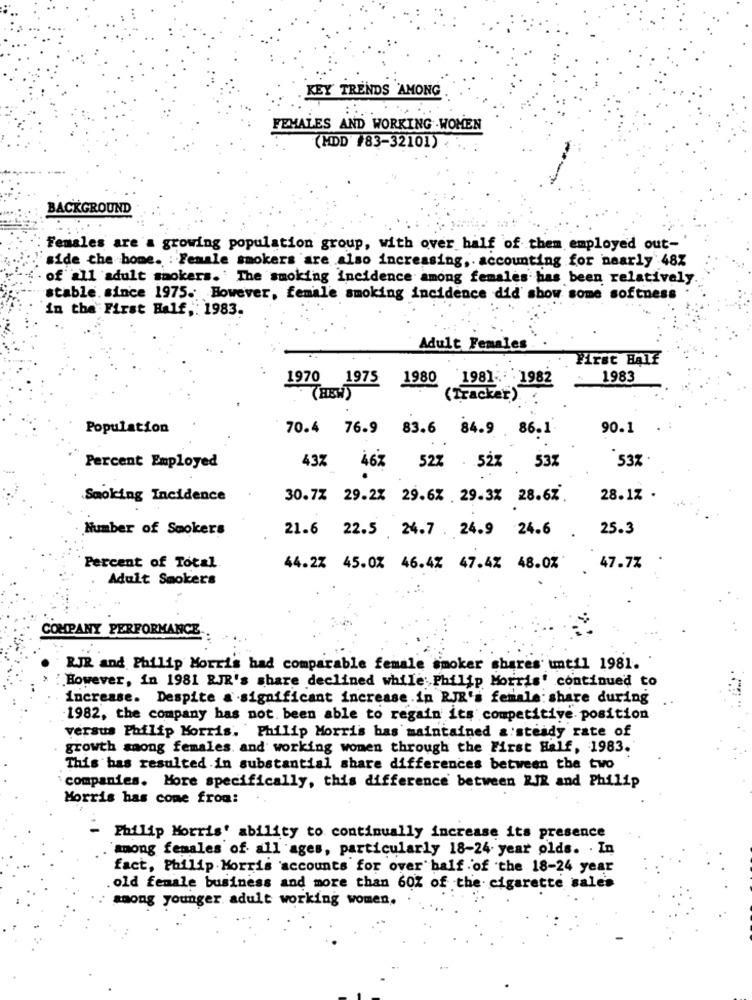
KEY TRENDS AMONG
FEMALES AND WORKING .WOMEN
(MDD #83-32101)
BACKGROUND
Females are a growing population group, with over half of them employed out-
side che home. : Female smokers are also increasing ,. accounting for nearly 48%
of all adult smokers. The smoking incidence among females has been relatively
stable. since 1975. However, female smoking incidence did show some softness .
in the First Half ,: 1983.
Adult Females
First Half
1970 1975
1980
1981- 1982
1983
THEW)
(Tracker)
Population
70.4 76.9 83.6 84.9 86.1
90.1
53%
Percent Employed
43% 46% 52% . 52% 53%
Smoking Incidence
30.7% 29.2% 29.6% .29.3% 28.67.
28.12 .
Number of Smokers
21.6 22.5 24.7 . 24.9 24.6
25.3
Percent of Total
44.2% 45.0% 46.4% 47.4% 48.0%
47.77
Adult Smokers
COMPANY PERFORMANCE
RJR and Philip Morris had comparable female smoker shares until 1981.
.However, in 1981 RJR's share declined while: Philip Morris' continued to
increase. Despite a significant increase .in RJR's female: share during
1982, the company has not been able to regain its competitive. position
versus Philip Morris. Philip Morris bas maintained a steady rate of
growth among females. and working wonen through the First Half, 1983.
This has resulted in substantial share differences between the two
companies. More specifically, this difference between RIR and Philip
Morris has come from:
Philip Morris' ability to continually increase its presence
among females of all ages, particularly 18-24 year olds. . In
fact, Philip Morris 'accounts for over half of the 18-24 year
old female business and more than 60% of the cigarette sales
among younger adult working women.